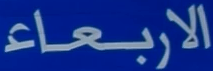
الاربعاء